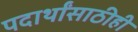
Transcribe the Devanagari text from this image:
पदार्थांसाठीही